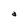
Character: a